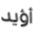
أؤيد